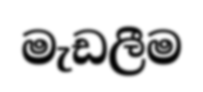
මැඩලීම